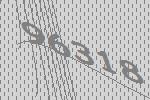
96318